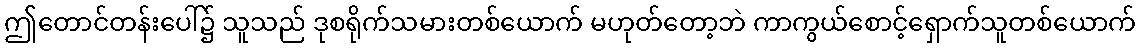
ဤတောင်တန်းပေါ်၌ သူသည် ဒုစရိုက်သမားတစ်ယောက် မဟုတ်တော့ဘဲ ကာကွယ်စောင့်ရှောက်သူတစ်ယောက်